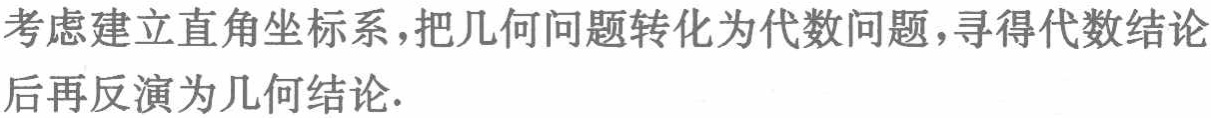
考虑建立直角坐标系，把几何问题转化为代数问题，寻得代数结论后再反演为几何结论.